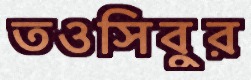
তওসিবুর